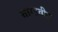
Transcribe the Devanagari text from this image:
बाग्डवीत